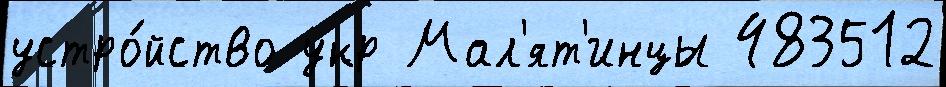
устро́йство укр Мал'ят'инцы 483512